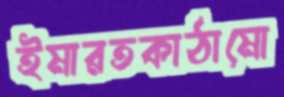
ইমারতকাঠামো